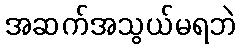
အဆက်အသွယ်မရဘဲ